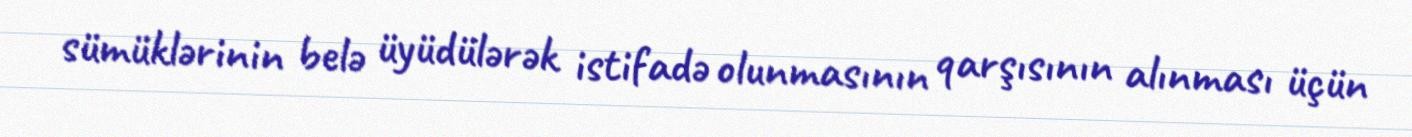
sümüklərinin belə üyüdülərək istifadə olunmasının qarşısının alınması üçün